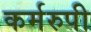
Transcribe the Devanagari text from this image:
कर्मरुपी